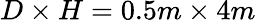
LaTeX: D\times H=0.5m\times 4m